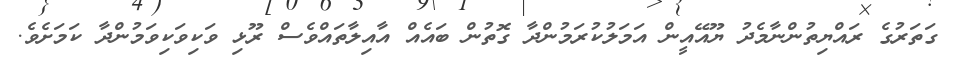
ގަތަރުގެ ރައްޔިތުންނާމެދު ޔޫއޭއީން އަމަލުކުރަމުންދާ ގޮތުން ބައެއް އާއިލާތައްވެސް ރޫޅި ވަކިވަކިވަމުންދާ ކަމަށެވެ.